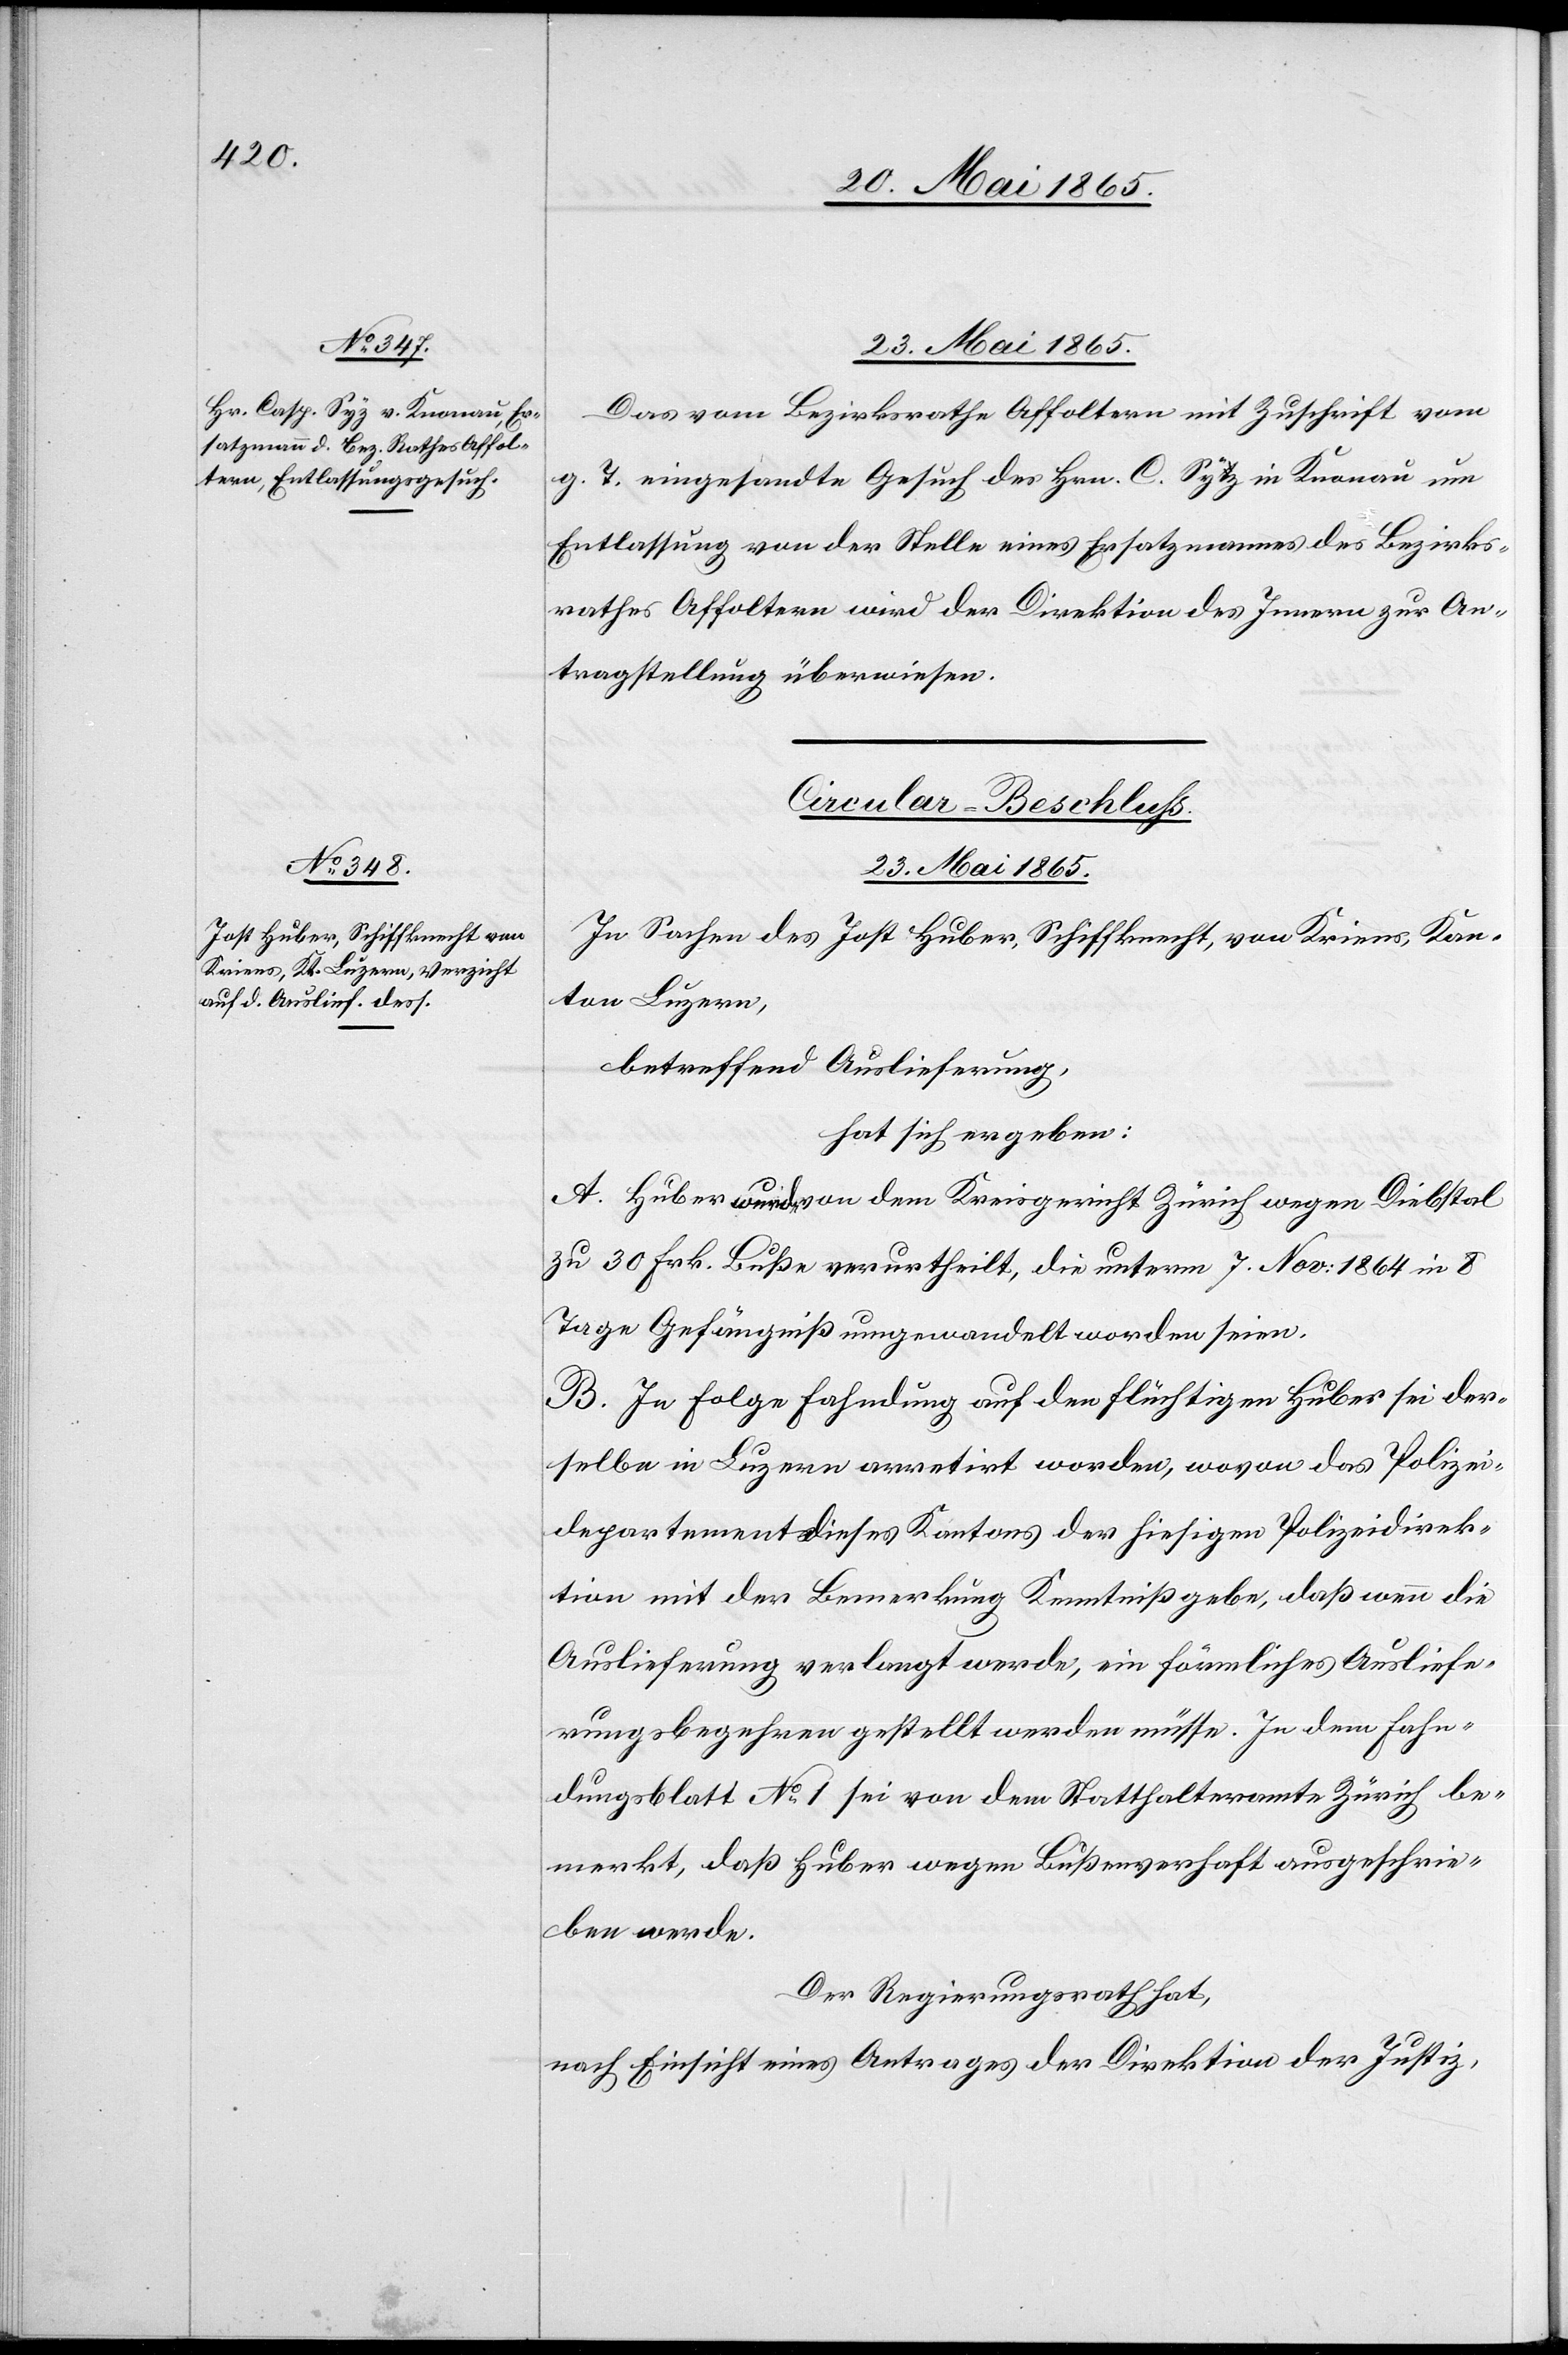
23. Mai 1865.
Das vom Bezirksrathe Affoltern mit Zuschrift vom
g. T. eingesandte Gesuch des Hrn. C. Syz in Knonau um
Entlassung von der Stelle eines Ersatzmannes des Bezirks¬
rathes Affoltern wird der Direktion des Innern zur An¬
tragstellung überwiesen.
Circular-Beschluss.
[23. Mai 1865.]
In Sachen des Jost Huber, Schiffknecht, von Kriens, Kan¬
ton Luzern,
betreffend Auslieferung,
hat sich ergeben:
A. Huber wurde von dem Kreisgericht Zürich wegen Diebstal
zu 30 Frk. Buße verurtheilt, die unterm 7. Nov: 1864 in 8
Tage Gefängniß umgewandelt worden seien.
B. In Folge Fahndung auf den flüchtigen Huber sei der¬
selbe in Luzern arretirt worden, wovon das Polizei¬
departement dieses Kantons der hiesigen Polizeidirek¬
tion mit der Bemerkung Kenntniß gebe, daß wenn die
Auslieferung verlangt werde, ein förmliches Ausliefe¬
rungsbegehren gestellt werden müsse. In dem Fahn¬
dungsblatt No 1 sei von dem Statthalteramte Zürich be¬
merkt, daß Huber wegen Bußenverhaft ausgeschrie¬
ben werde.
Der Regierungsrath hat,
nach Einsicht eines Antrages der Direktion der Justiz,